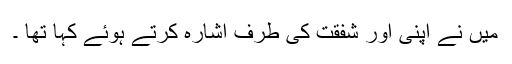
میں نے اپنی اور شفقت کی طرف اشارہ کرتے ہوئے کہا تھا ۔